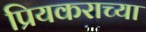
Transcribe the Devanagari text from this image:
प्रियकराच्या